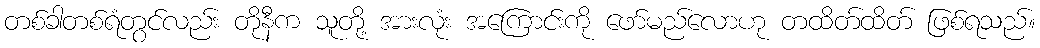
တစ်ခါတစ်ရံတွင်လည်း တိုနီက သူတို့ အားလုံး အကြောင်းကို ဖော်မည်လောဟု တထိတ်ထိတ် ဖြစ်ရသည်။